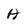
Character: A